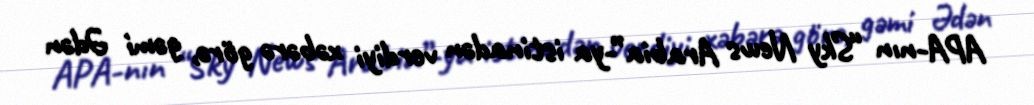
APA-nın “Sky News Arabia”-ya istinadən verdiyi xəbərə görə, gəmi Ədən